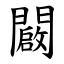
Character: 闙